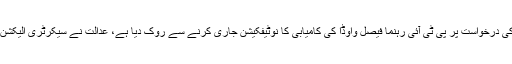
سندھ ہائی کورٹ نے الیکشن کمیشن کو کراچی کے حلقہ این اے 249 میں شہباز شریف کی درخواست پر پی ٹی آئی رہنما فیصل واوڈا کی کامیابی کا نوٹیفکیشن جاری کرنے سے روک دیا ہے، عدالت نے سیکرٹری الیکشن کمیشن و دیگر فریقین کو نوٹس جاری کرتے ہوئے 10 اگست تک جواب طلب کرلیا ہے۔